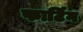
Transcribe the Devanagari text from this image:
फार्टिंग